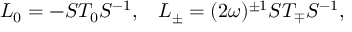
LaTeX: { \cal L } _ { 0 } = - { \cal S } { \cal T } _ { 0 } { \cal S } ^ { - 1 } , \; \; \; { \cal L } _ { \pm } = ( 2 \omega ) ^ { \pm 1 } { \cal S } { \cal T } _ { \mp } { \cal S } ^ { - 1 } ,